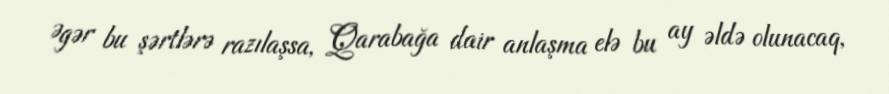
Əgər bu şərtlərə razılaşsa, Qarabağa dair anlaşma elə bu ay əldə olunacaq,